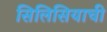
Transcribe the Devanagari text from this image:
सिलिसियाची